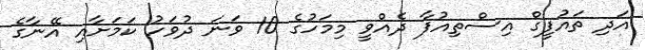
އަދި ތައުފީގް އިސްތިއުފާ ދެއްވީ މިމަހުގެ 10 ވަނަ ދުވަހު ކަމަށާއި އޭނާގެ